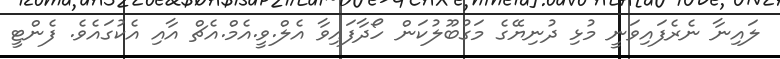
ލައިނާ ނެރެފައިވަނީ މުޅި ދުނިޔޭގެ މަގުބޫލުކަން ހޯދާފައިވާ އެލް.ވީ.އެމް.އެޗް އާއި އެކުގައެވެ. ފެންޓީ